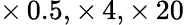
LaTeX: \times\, 0.5,\times\, 4,\times\, 20